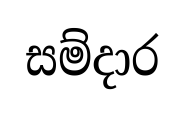
සම්දාර